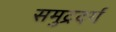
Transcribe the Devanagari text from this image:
समुद्रदर्ग